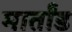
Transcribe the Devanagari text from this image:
मार्तांड